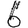
Digit: 6